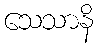
သေသာနိ